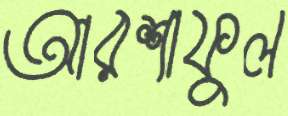
আরশাফুল